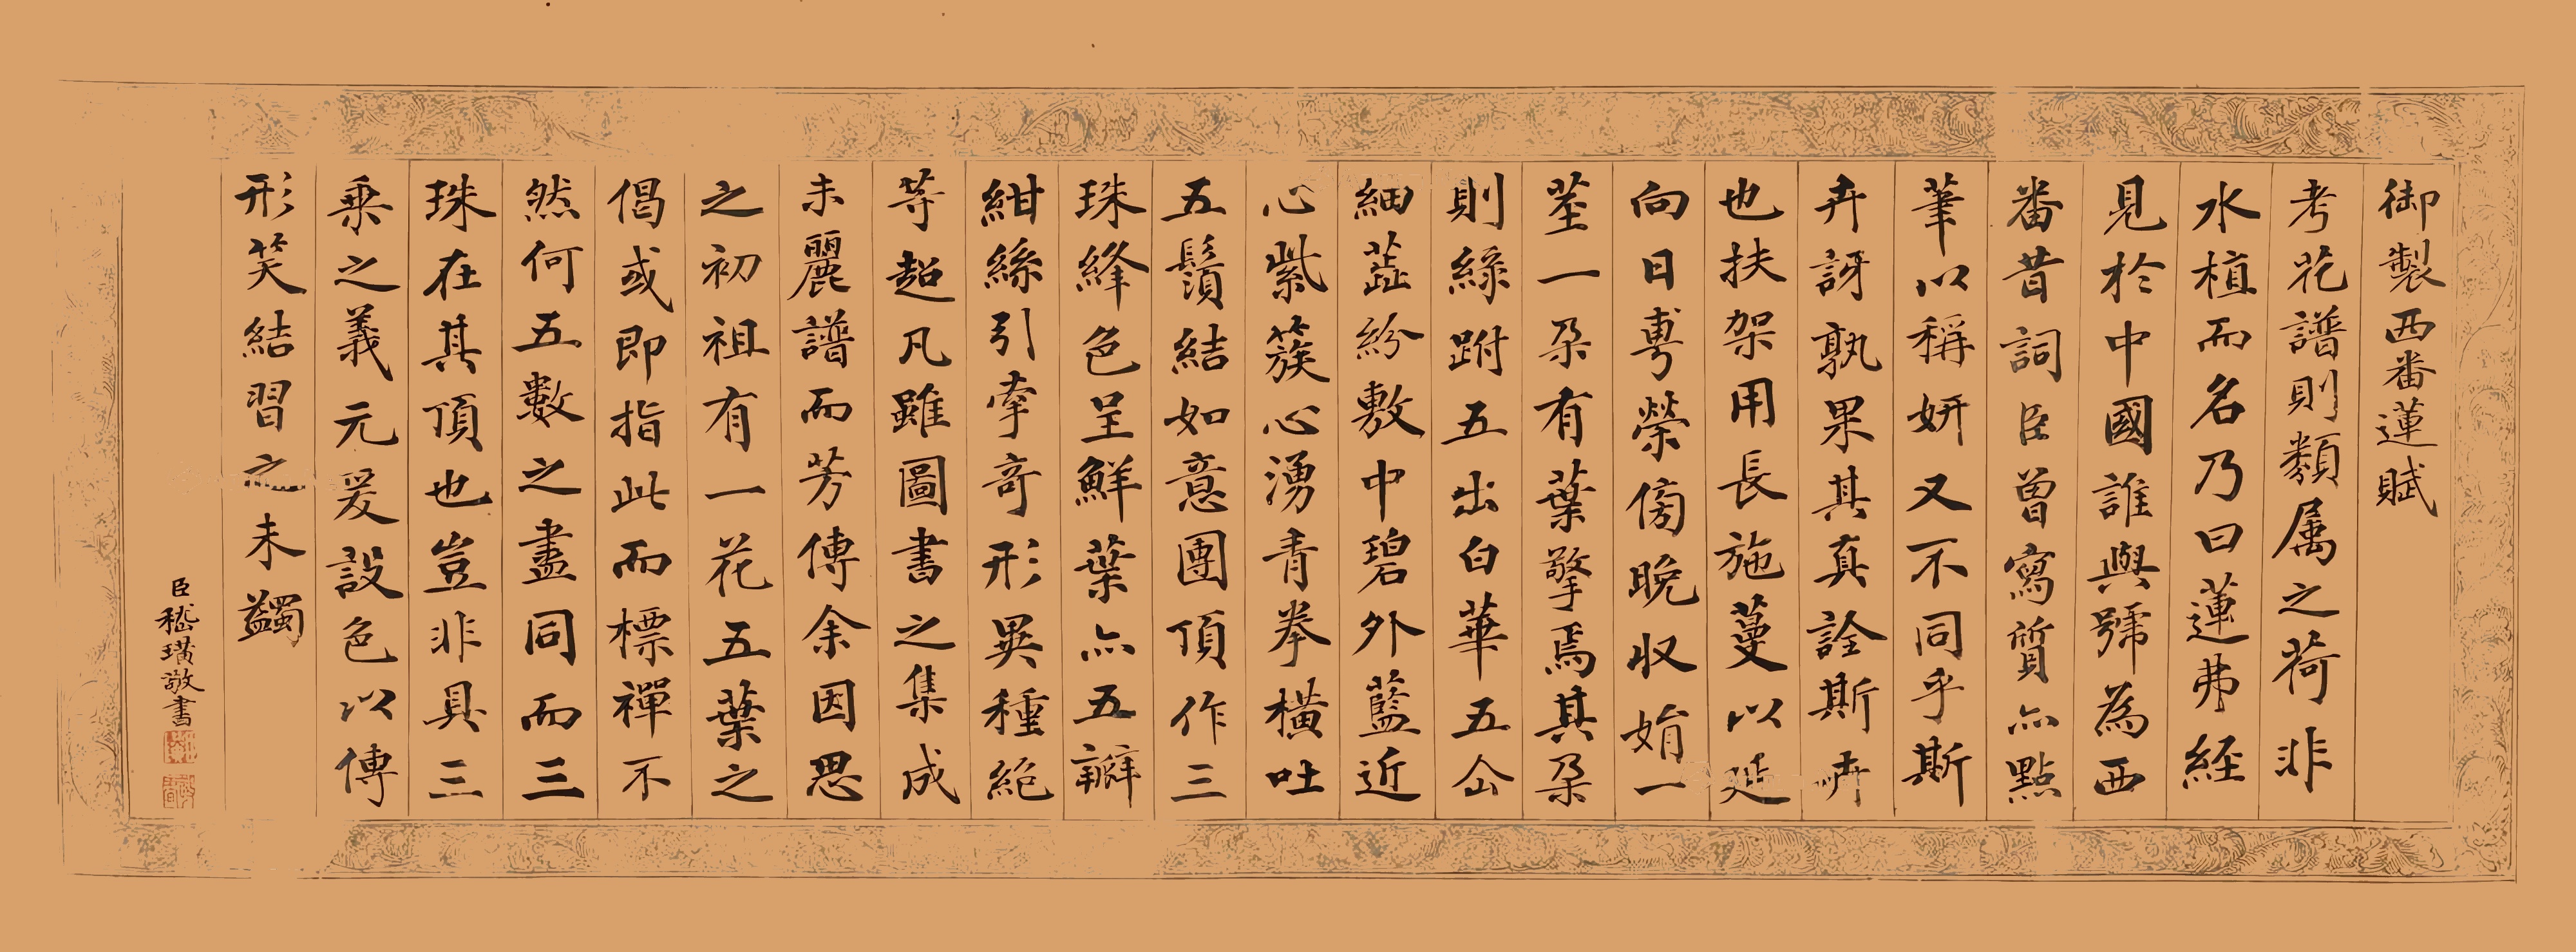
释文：御制西番莲赋。考花谱则类属之荷，非水植而名乃曰莲。弗经见于中国,谁与号为西番，昔词臣曾写质，亦点笔以称妍，又不同乎斯卉，讶孰果其真诠斯卉也，扶架用长施蔓,以延向日莆荣,傍晚收娟，一茎一朵有叶擎焉，其朵则绿，跗五出白华，五仙细蕊纷敷,中碧外蓝,近心紫簇,心涌青拳,横吐五须,结如意团，顶作三珠，绛色呈，鲜叶亦五瓣,绀丝引牵,奇形异种,绝等超凡，虽图书之集成，未丽谱而芳传。余因思之，初祖有一花五叶之偈，或即指此而，标禅不然，何五数之尽同而，三珠在其顶也，岂非具三乘之义，元爰设色以传形,笑结习之未蠲。臣嵇璜敬书。